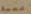
شعبك